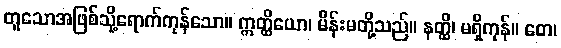
တူသောအဖြစ်သို့ရောက်ကုန်သော။ ဣတ္ထိယော၊ မိန်းမတို့သည်။ နတ္ထိ၊ မရှိကုန်။ တေ၊